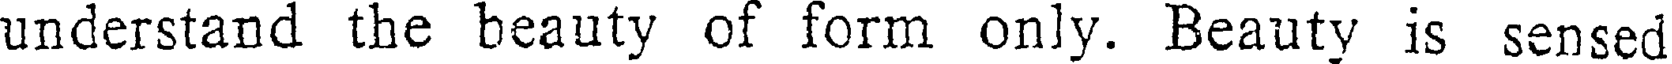
understand the beauty of form only. Beauty is sensed